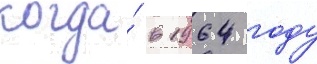
когда́ в 1964 году